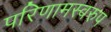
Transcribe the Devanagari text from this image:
परिणामस्‍वरुप